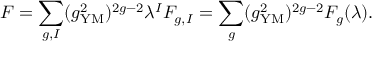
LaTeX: { \cal F } = \sum _ { g , I } ( g _ { \mathrm { Y M } } ^ { 2 } ) ^ { 2 g - 2 } \lambda ^ { I } { \cal F } _ { g , I } = \sum _ { g } ( g _ { \mathrm { Y M } } ^ { 2 } ) ^ { 2 g - 2 } { \cal F } _ { g } ( \lambda ) .